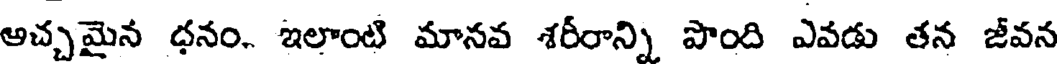
అచ్చమైన ధనం. ఇలాంటి మానవ శరీరాన్ని పొంది ఎవడు తన జీవన